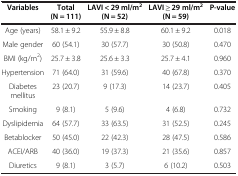
| Variables | Total (N = 111) | LAVI < 29 ml/m2 (N = 52) | LAVI ≥ 29 ml/m2 (N = 59) | P-value |
 | --- | --- | --- | --- | --- |
 | Age (years) | 58.1 ± 9.2 | 55.9 ± 8.8 | 60.1 ± 9.2 | 0.018 |
 | Male gender | 60 (54.1) | 30 (57.7) | 30 (50.8) | 0.470 |
 | BMI (kg/m2) | 25.7 ± 3.8 | 25.6 ± 3.3 | 25.7 ± 4.1 | 0.960 |
 | Hypertension | 71 (64.0) | 31 (59.6) | 40 (67.8) | 0.370 |
 | Diabetes mellitus | 23 (20.7) | 9 (17.3) | 14 (23.7) | 0.405 |
 | Smoking | 9 (8.1) | 5 (9.6) | 4 (6.8) | 0.732 |
 | Dyslipidemia | 64 (57.7) | 33 (63.5) | 31 (52.5) | 0.245 |
 | Betablocker | 50 (45.0) | 22 (42.3) | 28 (47.5) | 0.586 |
 | ACEI/ARB | 40 (36.0) | 19 (37.3) | 21 (35.6) | 0.857 |
 | Diuretics | 9 (8.1) | 3 (5.7) | 6 (10.2) | 0.503 |